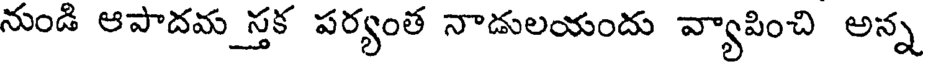
నుండి ఆపాదమ స్తక పర్యంత నాడులయందు వ్యాపించి అన్న